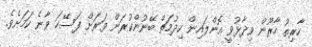
ހާރިތު ހާރޫން ވިދާޅުވީ އޮންލައިން ހިދުމަތް ބޭނުންކުރަން ވަރަށް ފަސޭހަ ވާނެ ކަމަށެވެ.